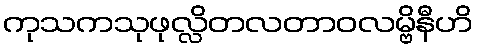
ကုသကသုဖုလ္လိတလတာဝလမ္ဗိနီဟိ